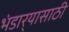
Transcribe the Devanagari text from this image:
भंडार्‍यासाठी